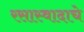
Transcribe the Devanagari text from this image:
रसास्वादाचे